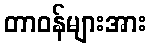
တာဝန်များအား